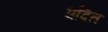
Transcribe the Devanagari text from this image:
प्रदित